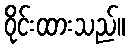
ဝိုင်းထားသည်။